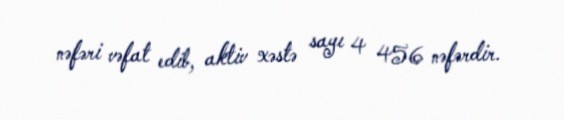
nəfəri vəfat edib, aktiv xəstə sayı 4 456 nəfərdir.